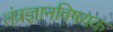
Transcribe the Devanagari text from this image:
तंत्रज्ञानविषयक